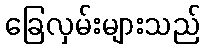
ခြေလှမ်းများသည်